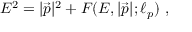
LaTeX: E ^ { 2 } = | { \vec { p } } | ^ { 2 } + F ( E , | { \vec { p } } | ; \ell _ { p } ) ~ ,